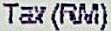
TAX(RM)